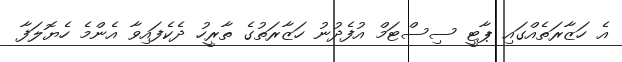
އެ ހަޒާރަތެއްގައި ޕާޓީ ސިސްޓަމް އުފެދުނު ހަޒާރަތުގެ ތާރީހު ދެކެފައިވާ އެންމެ ހެޔޮލަފާ